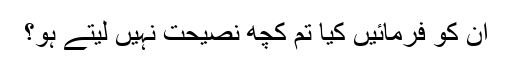
ان کو فرمائیں کیا تم کچھ نصیحت نہیں لیتے ہو؟